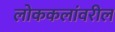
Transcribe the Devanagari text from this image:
लोककलांवरील